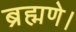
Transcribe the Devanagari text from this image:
ब्रह्मणे।